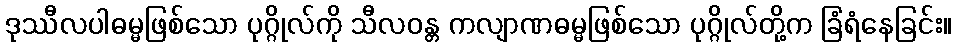
ဒုဿီလပါဓမ္မဖြစ်သော ပုဂ္ဂိုလ်ကို သီလဝန္တ ကလျာဏဓမ္မဖြစ်သော ပုဂ္ဂိုလ်တို့က ခြံရံနေခြင်း။